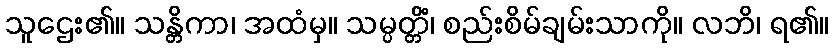
သူဌေး၏။ သန္တိကာ၊ အထံမှ။ သမ္ပတ္တိံ၊ စည်းစိမ်ချမ်းသာကို။ လဘိ၊ ရ၏။